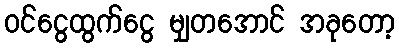
ဝင်ငွေထွက်ငွေ မျှတအောင် အခုတော့